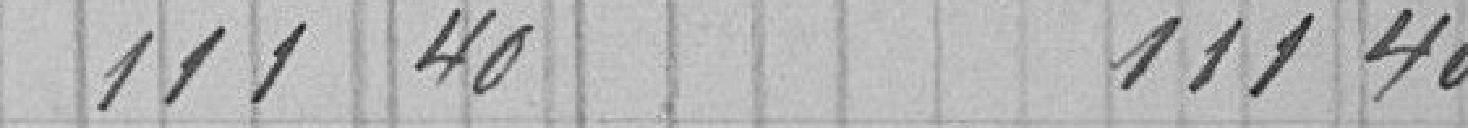
11140         11140